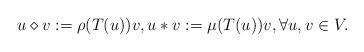
LaTeX: \begin{align*} u \diamond v := \rho(T(u)) v, u \ast v := \mu(T(u))v, \forall u, v \in V. \end{align*}